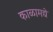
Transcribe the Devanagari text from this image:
काळामद्ये